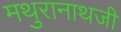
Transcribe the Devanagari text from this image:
मथुरानाथजी